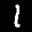
Label: 1